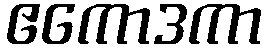
ဧကောဒကာ